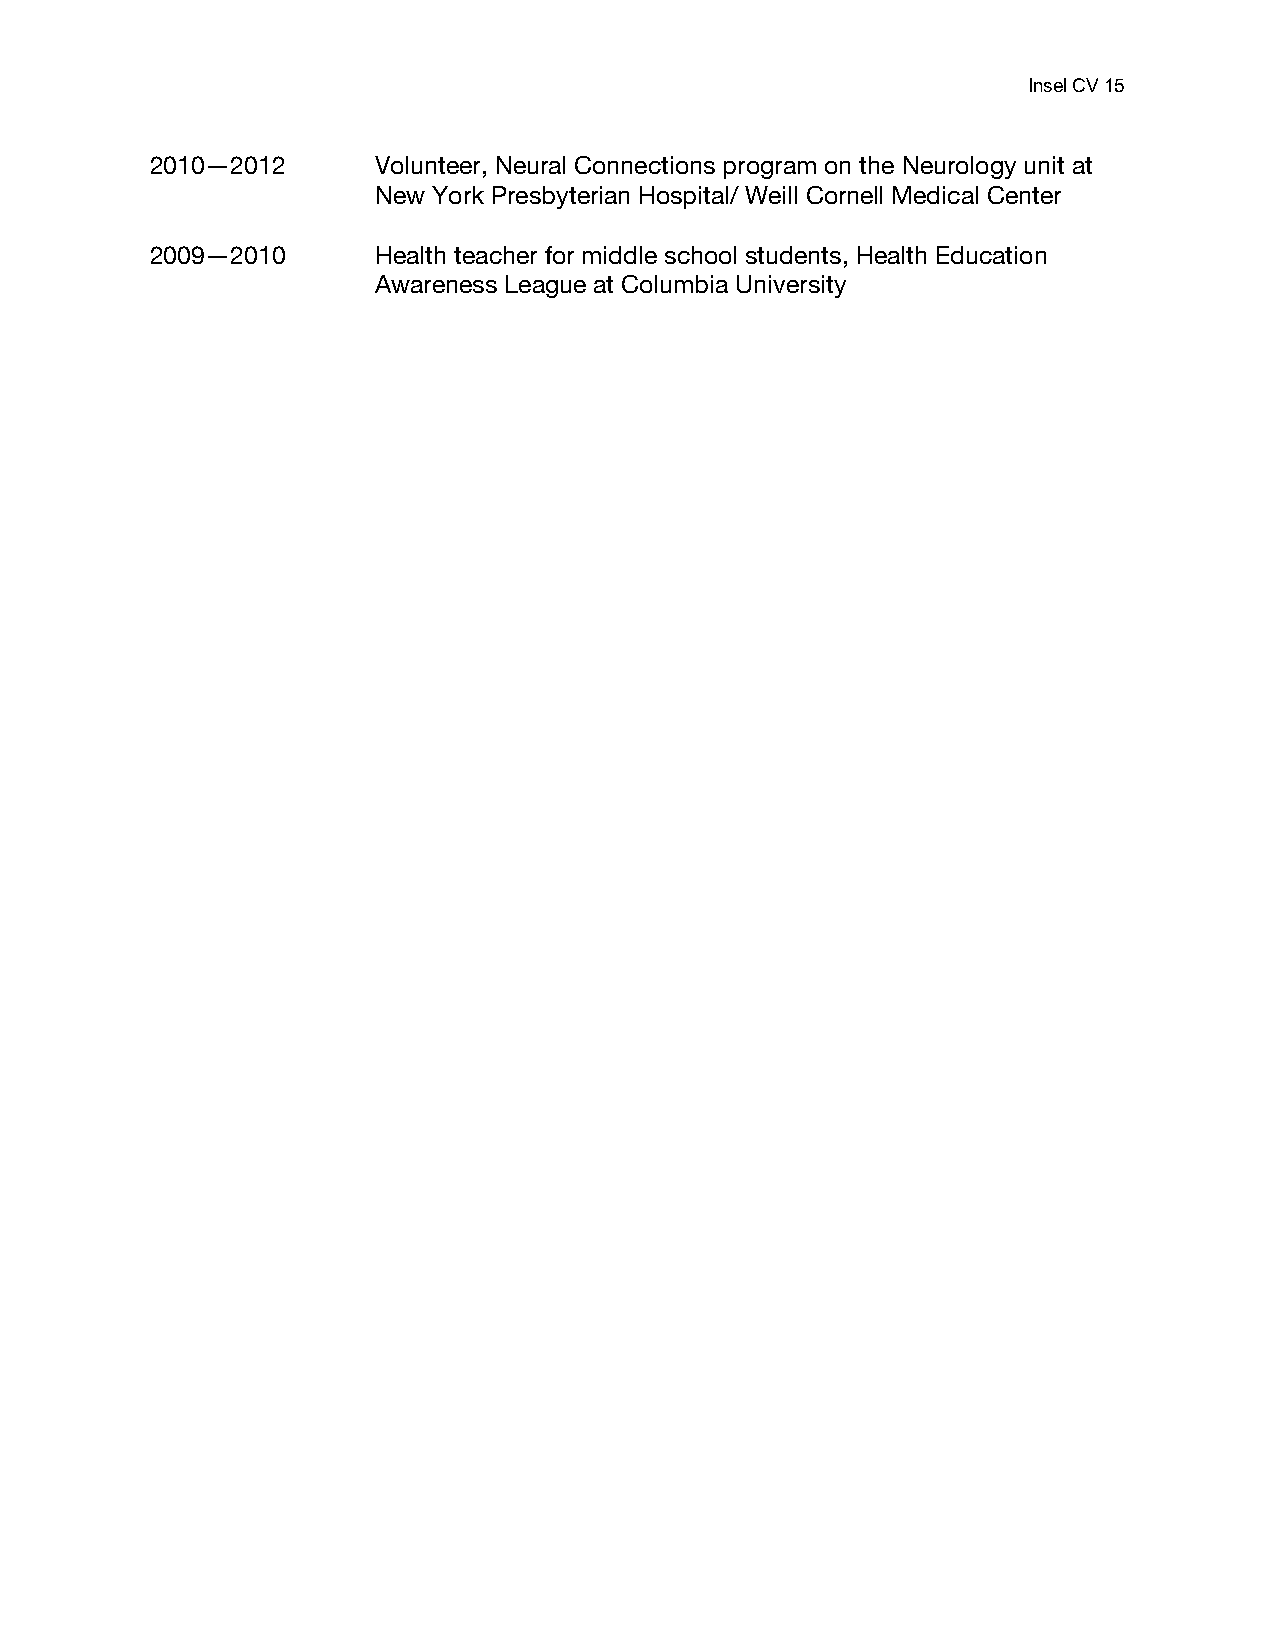
Insel CV 15
 2010—2012      Volunteer, Neural Connections program on the Neurology unit at
 New York Presbyterian Hospital/ Weill Cornell Medical Center
 2009—2010      Health teacher for middle school students, Health Education
 Awareness League at Columbia University